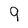
Character: 9